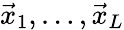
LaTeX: \vec{x}_{1},\dots,\vec{x}_{L}